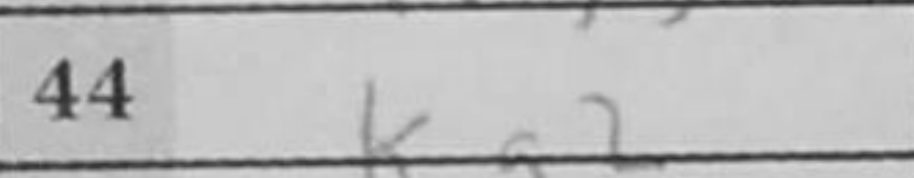
Transcription: Kg2